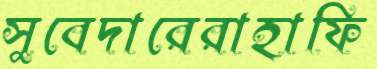
সুবেদারেরাহাফি